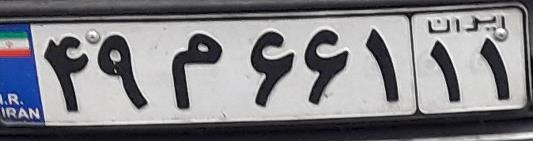
۴۹م۶۶۱۱۱